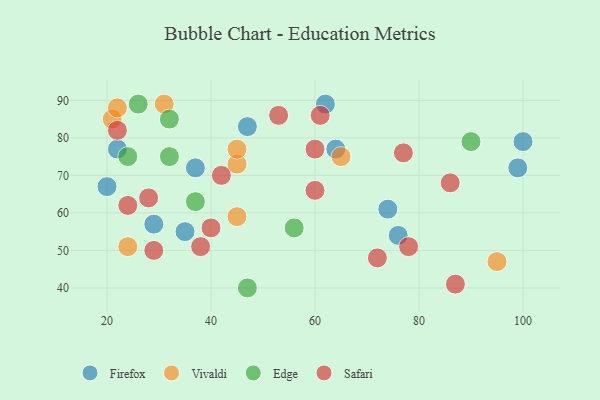
{"axis": {"x": "GDP", "y": "Life Expectancy"}, "legend": ["Edge", "Firefox", "Safari", "Vivaldi"], "data": [{"x": "22", "y": 77, "type": "Firefox"}, {"x": "64", "y": 77, "type": "Firefox"}, {"x": "62", "y": 89, "type": "Firefox"}, {"x": "35", "y": 55, "type": "Firefox"}, {"x": "20", "y": 67, "type": "Firefox"}, {"x": "37", "y": 72, "type": "Firefox"}, {"x": "100", "y": 79, "type": "Firefox"}, {"x": "99", "y": 72, "type": "Firefox"}, {"x": "47", "y": 83, "type": "Firefox"}, {"x": "29", "y": 57, "type": "Firefox"}, {"x": "74", "y": 61, "type": "Firefox"}, {"x": "76", "y": 54, "type": "Firefox"}, {"x": "45", "y": 73, "type": "Vivaldi"}, {"x": "95", "y": 47, "type": "Vivaldi"}, {"x": "45", "y": 59, "type": "Vivaldi"}, {"x": "31", "y": 89, "type": "Vivaldi"}, {"x": "45", "y": 77, "type": "Vivaldi"}, {"x": "21", "y": 85, "type": "Vivaldi"}, {"x": "24", "y": 51, "type": "Vivaldi"}, {"x": "65", "y": 75, "type": "Vivaldi"}, {"x": "22", "y": 88, "type": "Vivaldi"}, {"x": "90", "y": 79, "type": "Edge"}, {"x": "32", "y": 75, "type": "Edge"}, {"x": "32", "y": 85, "type": "Edge"}, {"x": "56", "y": 56, "type": "Edge"}, {"x": "47", "y": 40, "type": "Edge"}, {"x": "37", "y": 63, "type": "Edge"}, {"x": "26", "y": 89, "type": "Edge"}, {"x": "24", "y": 75, "type": "Edge"}, {"x": "42", "y": 70, "type": "Safari"}, {"x": "87", "y": 41, "type": "Safari"}, {"x": "86", "y": 68, "type": "Safari"}, {"x": "60", "y": 77, "type": "Safari"}, {"x": "38", "y": 51, "type": "Safari"}, {"x": "22", "y": 82, "type": "Safari"}, {"x": "60", "y": 66, "type": "Safari"}, {"x": "29", "y": 50, "type": "Safari"}, {"x": "24", "y": 62, "type": "Safari"}, {"x": "72", "y": 48, "type": "Safari"}, {"x": "78", "y": 51, "type": "Safari"}, {"x": "61", "y": 86, "type": "Safari"}, {"x": "28", "y": 64, "type": "Safari"}, {"x": "53", "y": 86, "type": "Safari"}, {"x": "77", "y": 76, "type": "Safari"}, {"x": "40", "y": 56, "type": "Safari"}]}